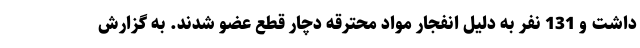
داشت و 131 نفر به دلیل انفجار مواد محترقه دچار قطع عضو شدند. به گزارش